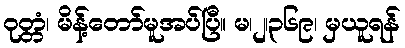
ဝုတ္တံ၊ မိန့်တော်မူအပ်ပြီ။ မ၊၂၊၃၆၉၊ မှယူရန်